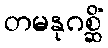
တမနုဂစ္ဆိံ